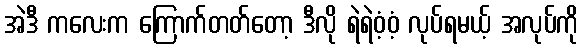
အဲဒီ ကလေးက ကြောက်တတ်တော့ ဒီလို ရဲရဲဝံ့ဝံ့ လုပ်ရမယ့် အလုပ်ကို